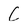
Character: C